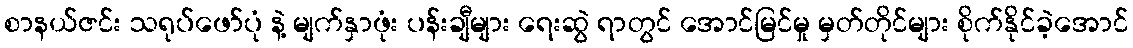
စာနယ်ဇင်း သရုပ်ဖော်ပုံ နဲ့ မျက်နှာဖုံး ပန်းချီများ ရေးဆွဲ ရာတွင် အောင်မြင်မှု မှတ်တိုင်များ စိုက်နိုင်ခဲ့အောင်